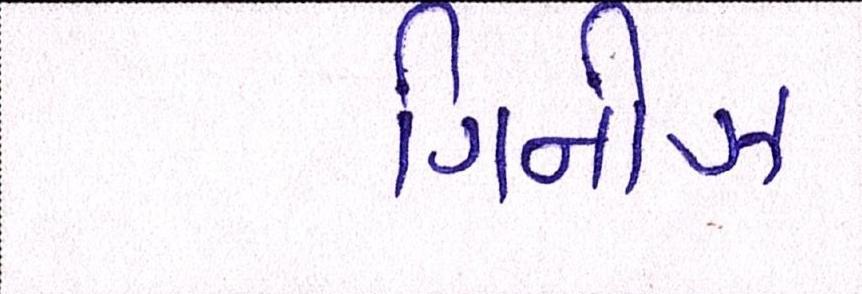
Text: ગિનીઝ